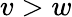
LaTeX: v>w